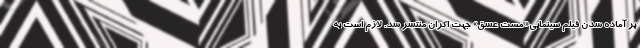
بر آماده شدن فیلم سینمایی« مست عشق» جهت اکران منتشر شد. لازم است به